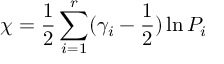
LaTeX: \chi = \frac 1 2 \sum _ { i = 1 } ^ { r } ( \gamma _ { i } - \frac 1 2 ) \ln P _ { i }